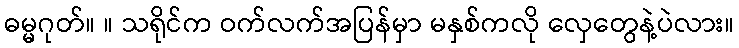
ဓမ္မဂုတ်။ ။ သရိုင်က ဝက်လက်အပြန်မှာ မနှစ်ကလို လှေတွေနဲ့ပဲလား။